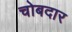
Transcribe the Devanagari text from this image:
चोबदार